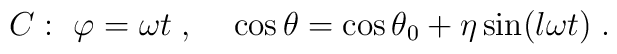
C:~\varphi=\omega t\;,~~~\cos\theta=\cos\theta_0+\eta\sin(l\omega t)\;.